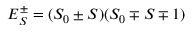
E _ { S } ^ { \pm } = ( S _ { 0 } \pm S ) ( S _ { 0 } \mp S \mp 1 )